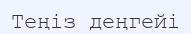
Теңіз деңгейі